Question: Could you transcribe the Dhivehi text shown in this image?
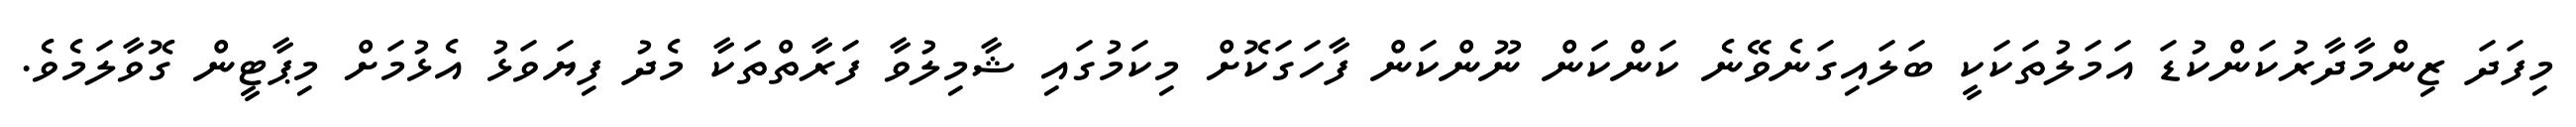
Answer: މިފަދަ ޒިންމާދާރުކަންކުޑަ އަމަލުތަކަކީ ބަލައިގަނެވޭނެ ކަންކަން ނޫންކަން ފާހަގަކޮށް މިކަމުގައި ޝާމިލުވާ ފަރާތްތަކާ މެދު ފިޔަވަޅު އެޅުމަށް މިޕާޓީން ގޮވާލަމެވެ.